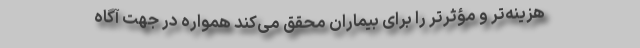
‌هزینه‌تر و مؤثرتر را برای بیماران محقق می‌کند همواره در جهت آگاه